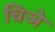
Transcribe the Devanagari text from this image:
चिञे